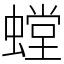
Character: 螳